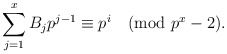
\begin{align*}\sum_{j=1}^x B_j p^{j-1} \equiv p^i \pmod{p^x-2}.\end{align*}